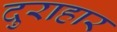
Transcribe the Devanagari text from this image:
दुराहार